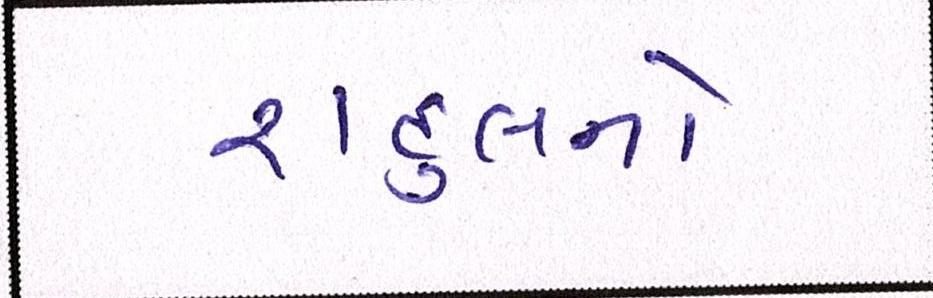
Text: રાહુલનો